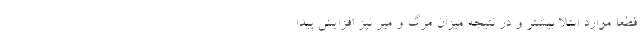
قطعا موارد ابتلا بیشتر و در نتیجه میزان مرگ و میر نیز افزایش پیدا